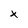
Character: x